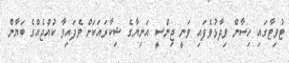
ޓުވިޓާގައި ހިސާން ވިދާޅުވެފައި ވަނީ ޖިންސީ އަނިޔާގެ ޝިކާރައަކަށް ވެފައިވާ ކުއްޖެއްގެ ބަޔާން